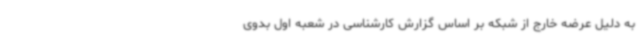
به دلیل عرضه خارج از شبکه بر اساس گزارش کارشناسی در شعبه اول بدوی